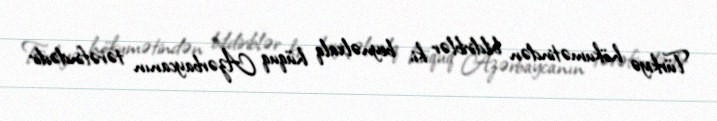
Türkiyə hökumətindən bildiriblər ki, beynəlxalq hüquq Azərbaycanın tərəfindədir